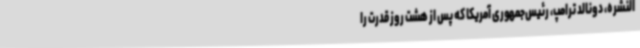
النشره، دونالد ترامپ، رئیس‌جمهوری آمریکا که پس از هشت روز قدرت را